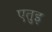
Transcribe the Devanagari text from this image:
एतुइ